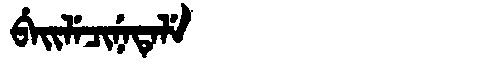
Manchu: ᠪᡝᡳᠯᡝᠴᡳᠨᡝᡨᡝᠯᡝ
Romanization: BEILECINETELE